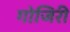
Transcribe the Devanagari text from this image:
गोजिरी